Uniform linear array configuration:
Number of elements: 16
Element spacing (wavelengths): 0.5
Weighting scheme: exponential
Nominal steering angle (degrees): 45
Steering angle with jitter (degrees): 45.696
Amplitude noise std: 0.05
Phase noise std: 0.05

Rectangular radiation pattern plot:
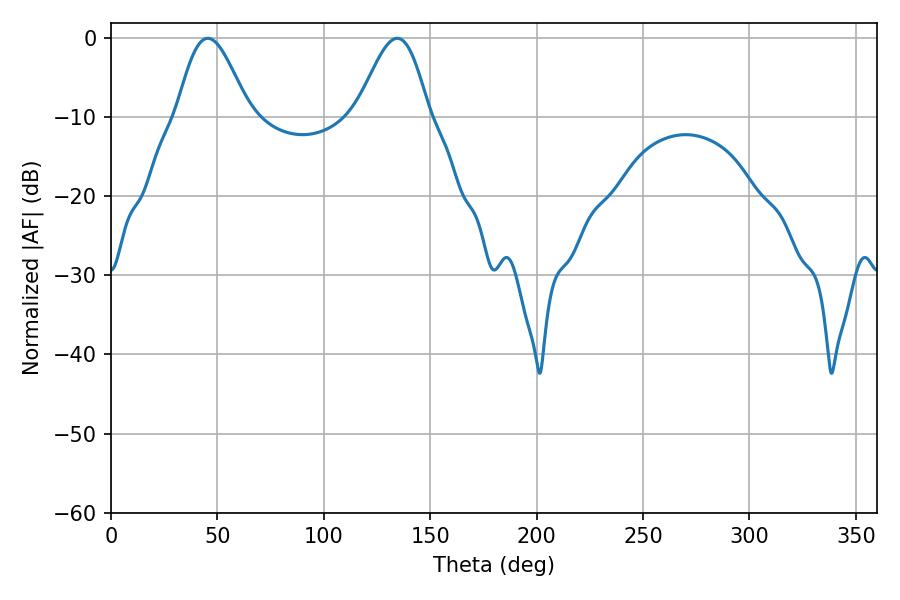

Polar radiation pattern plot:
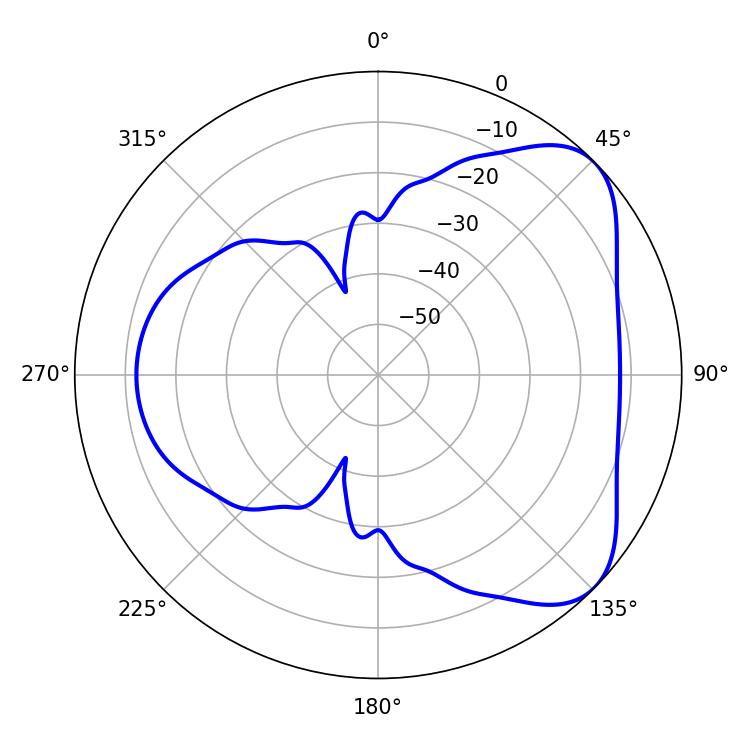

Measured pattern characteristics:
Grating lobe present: FALSE
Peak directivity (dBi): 5.828
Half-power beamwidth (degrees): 18
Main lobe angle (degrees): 45.54